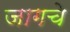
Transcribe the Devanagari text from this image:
जागचे